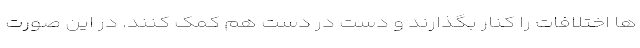
ها اختلافات را کنار بگذارند و دست در دست هم کمک کنند. در این صورت